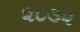
૨૮૩૨